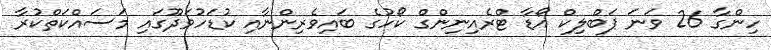
ހިންގާ 26 ވަނަ ޕަބްލިކް އޯޑާ ޓްރެއިނިންގް ކޯހުގެ ބައިވެރިންނާއި ކުޑަހުވަދޫގައި މަސައްކަތްކުރާ